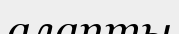
алапты